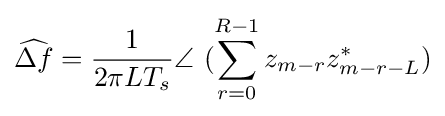
{\widehat {\Delta f}}={\frac {1}{2\pi LT_{s}}}\angle \ (\sum _{r=0}^{R-1}{z_{m-r}z_{m-r-L}^{*}})